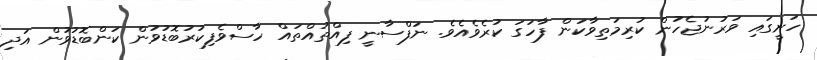
ހަށީގައި ވަރުނުޖެހުން ކުރިމަތިވާކަން ފާހަގަ ކުރެވެއެވެ. ނަފްސާނީ ފިއްތުއްތައް ހާސްވެފިކުރުބޮޑުވުން ކަންބޮޑުވުން އަދި